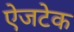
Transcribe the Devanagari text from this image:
ऐजटेक